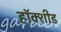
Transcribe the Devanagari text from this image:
हॉक्शीड